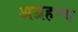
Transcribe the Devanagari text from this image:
अग्रहण्य